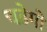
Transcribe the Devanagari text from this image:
चढ़ेगी